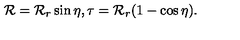
{ \cal R } = { \cal R } _ { r } \sin \eta , \tau = { \cal R } _ { r } ( 1 - \cos \eta ) .